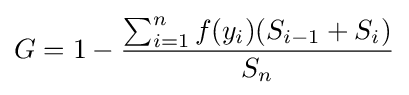
G=1-{\frac {\sum _{i=1}^{n}f(y_{i})(S_{i-1}+S_{i})}{S_{n}}}